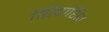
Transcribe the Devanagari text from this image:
शिवाशिव